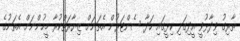
ތާރިގު ވިދާޅުވީ އީދިގަލި ކިޅީގައި ހަދާ ސެންޓަރުން އެތަނަށް ޒިޔާރަތްކުރާ މީހުންނަށް އެތަނުގެ